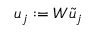
u _ { j } : = W \tilde { u } _ { j }